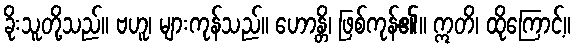
ခိုးသူတို့သည်။ ဗဟူ၊ များကုန်သည်။ ဟောန္တိ၊ ဖြစ်ကုန်၏။ ဣတိ၊ ထိုကြောင့်။